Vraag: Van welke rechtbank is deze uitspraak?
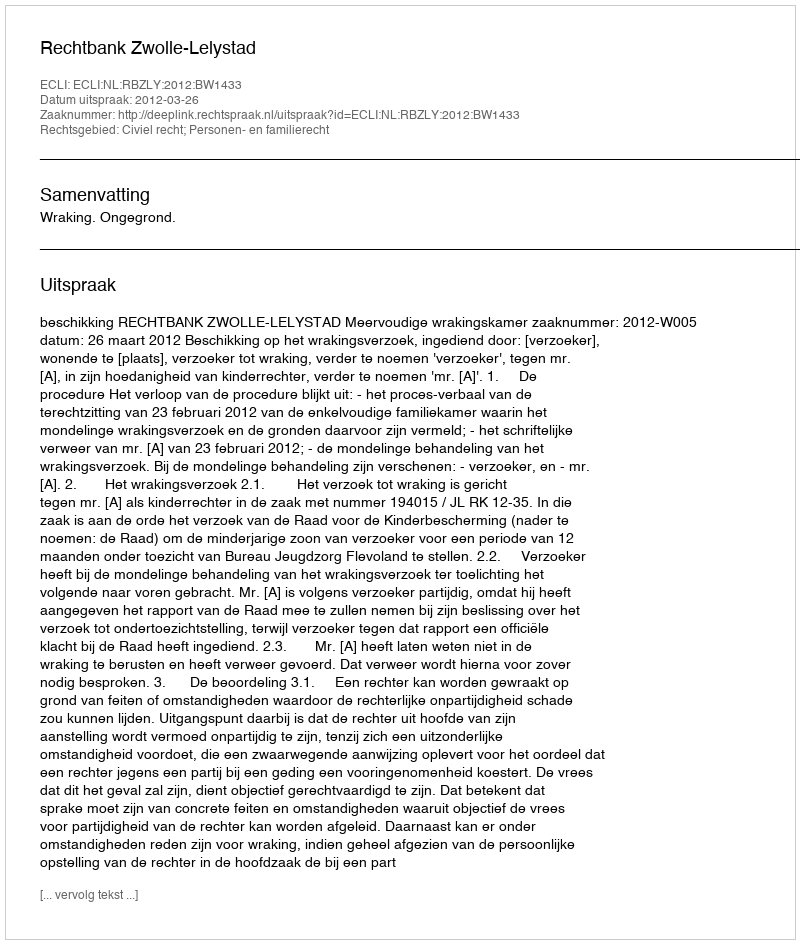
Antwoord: Rechtbank Zwolle-Lelystad